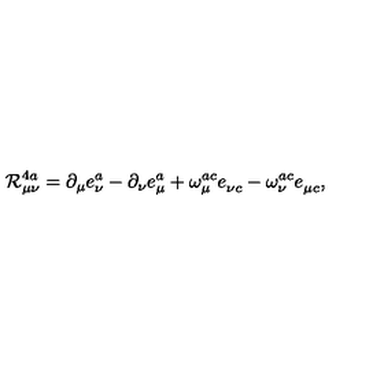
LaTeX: { \cal R } _ { \mu \nu } ^ { 4 a } = \partial _ { \mu } e _ { \nu } ^ { a } - \partial _ { \nu } e _ { \mu } ^ { a } + \omega _ { \mu } ^ { a c } e _ { \nu c } ^ { } - \omega _ { \nu } ^ { a c } e _ { \mu c } ^ { } ,